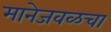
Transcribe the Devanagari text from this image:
मानेजवळचा